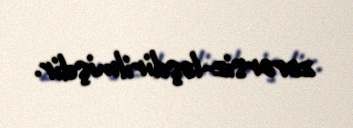
zərərsiz­ləşdirilmişdir.